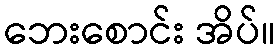
ဘေးစောင်း အိပ်။